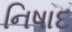
નિષાદ